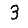
Digit: 3